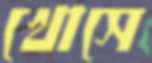
খোসে